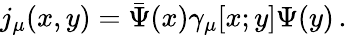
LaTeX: j_{\mu}(x,y)={\bar{\Psi}}(x)\gamma_{\mu}[x;y]\Psi(y)\, .